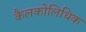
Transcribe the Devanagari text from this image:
कैलकोलिथिक